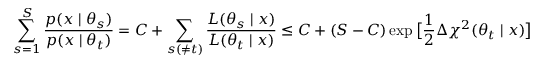
\sum _ { s = 1 } ^ { S } \frac { p ( x \mid \theta _ { s } ) } { p ( x \mid \theta _ { t } ) } = C + \sum _ { s ( \ne t ) } \frac { L ( \theta _ { s } \mid x ) } { L ( \theta _ { t } \mid x ) } \le C + ( S - C ) \exp \big [ \frac { 1 } { 2 } \Delta \chi ^ { 2 } ( \theta _ { t } \mid x ) \big ]